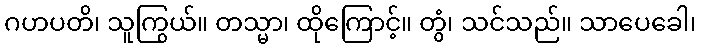
ဂဟပတိ၊ သူကြွယ်။ တသ္မာ၊ ထိုကြောင့်။ တွံ၊ သင်သည်။ သာပေခေါ၊